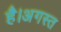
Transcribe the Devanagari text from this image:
है।अगस्त